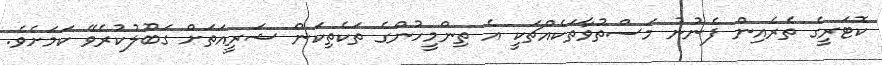
ކޮޓަރީގެ ތެރެއިން ފެނުނު މަސްތުވާތަކެއްޗަކީ އެ ތިންމީހުންގެ ތަކެތިކަން ޝަރީއަތަށް ގަބޫލުކުރެވޭ ކަމަށެވެ.